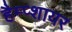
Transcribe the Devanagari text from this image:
हैम्प्शायर